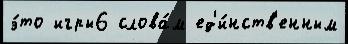
э́то игры6 слова́м ед'и́нств'енным